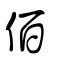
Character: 佰